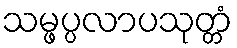
သမ္ဖပ္ပလာပသုတ္တံ